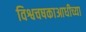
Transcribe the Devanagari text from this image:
विश्वचषकाआधीच्या